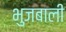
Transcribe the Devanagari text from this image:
भुजबाली